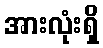
အားလုံးရှိ